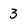
Character: 3